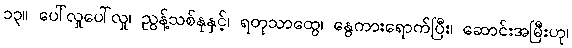
၁၃။ ပေါ်လှုပေါ်လှု၊ ညွန့်သစ်နုနှင့်၊ ရတုသာထွေ၊ နွေကားရောက်ပြီး၊ ဆောင်းအမြီးဟု၊